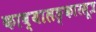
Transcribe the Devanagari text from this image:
काव्यालङ्कारसूत्र